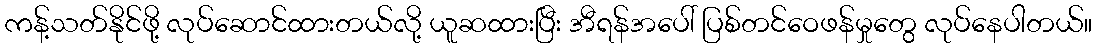
ကန့်သတ်နိုင်ဖို့ လုပ်ဆောင်ထားတယ်လို့ ယူဆထားပြီး အီရန်အပေါ် ပြစ်တင်ဝေဖန်မှုတွေ လုပ်နေပါတယ်။